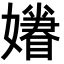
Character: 𡣣